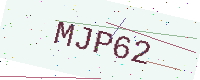
Text: MJP62